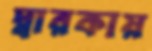
দ্বারকায়